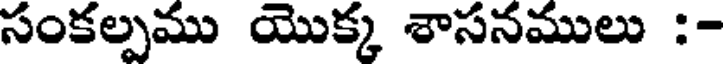
సంకల్పము యొక్క శాసనములు :-